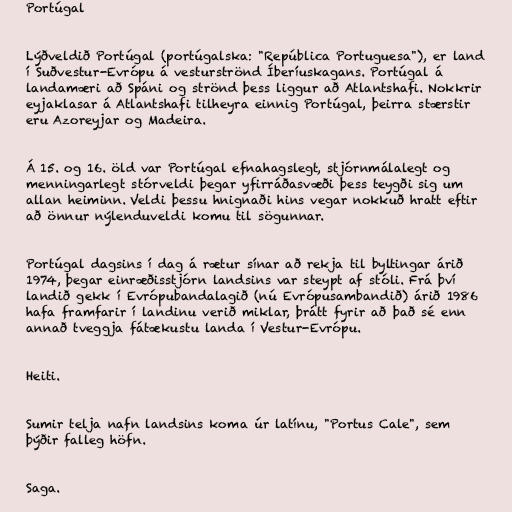
Portúgal

Lýðveldið Portúgal (portúgalska: "República Portuguesa"), er land
í Suðvestur-Evrópu á vesturströnd Íberíuskagans. Portúgal á
landamæri að Spáni og strönd þess liggur að Atlantshafi. Nokkrir
eyjaklasar á Atlantshafi tilheyra einnig Portúgal, þeirra stærstir
eru Azoreyjar og Madeira.

Á 15. og 16. öld var Portúgal efnahagslegt, stjórnmálalegt og
menningarlegt stórveldi þegar yfirráðasvæði þess teygði sig um
allan heiminn. Veldi þessu hnignaði hins vegar nokkuð hratt eftir
að önnur nýlenduveldi komu til sögunnar.

Portúgal dagsins í dag á rætur sínar að rekja til byltingar árið
1974, þegar einræðisstjórn landsins var steypt af stóli. Frá því
landið gekk í Evrópubandalagið (nú Evrópusambandið) árið 1986
hafa framfarir í landinu verið miklar, þrátt fyrir að það sé enn
annað tveggja fátækustu landa í Vestur-Evrópu.

Heiti.

Sumir telja nafn landsins koma úr latínu, "Portus Cale", sem
þýðir falleg höfn.

Saga.